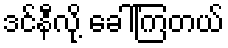
ဒင်နီလို့ ခေါ်ကြတယ်